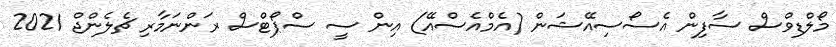
މޯލްޑިވްސް ސާފިން އެސޯސިއޭޝަން (އެމްއެސްއޭ) އިން ސީ ސްޕޯޓްސް ރަންނަމާރި ޗެލެންޖް 2021